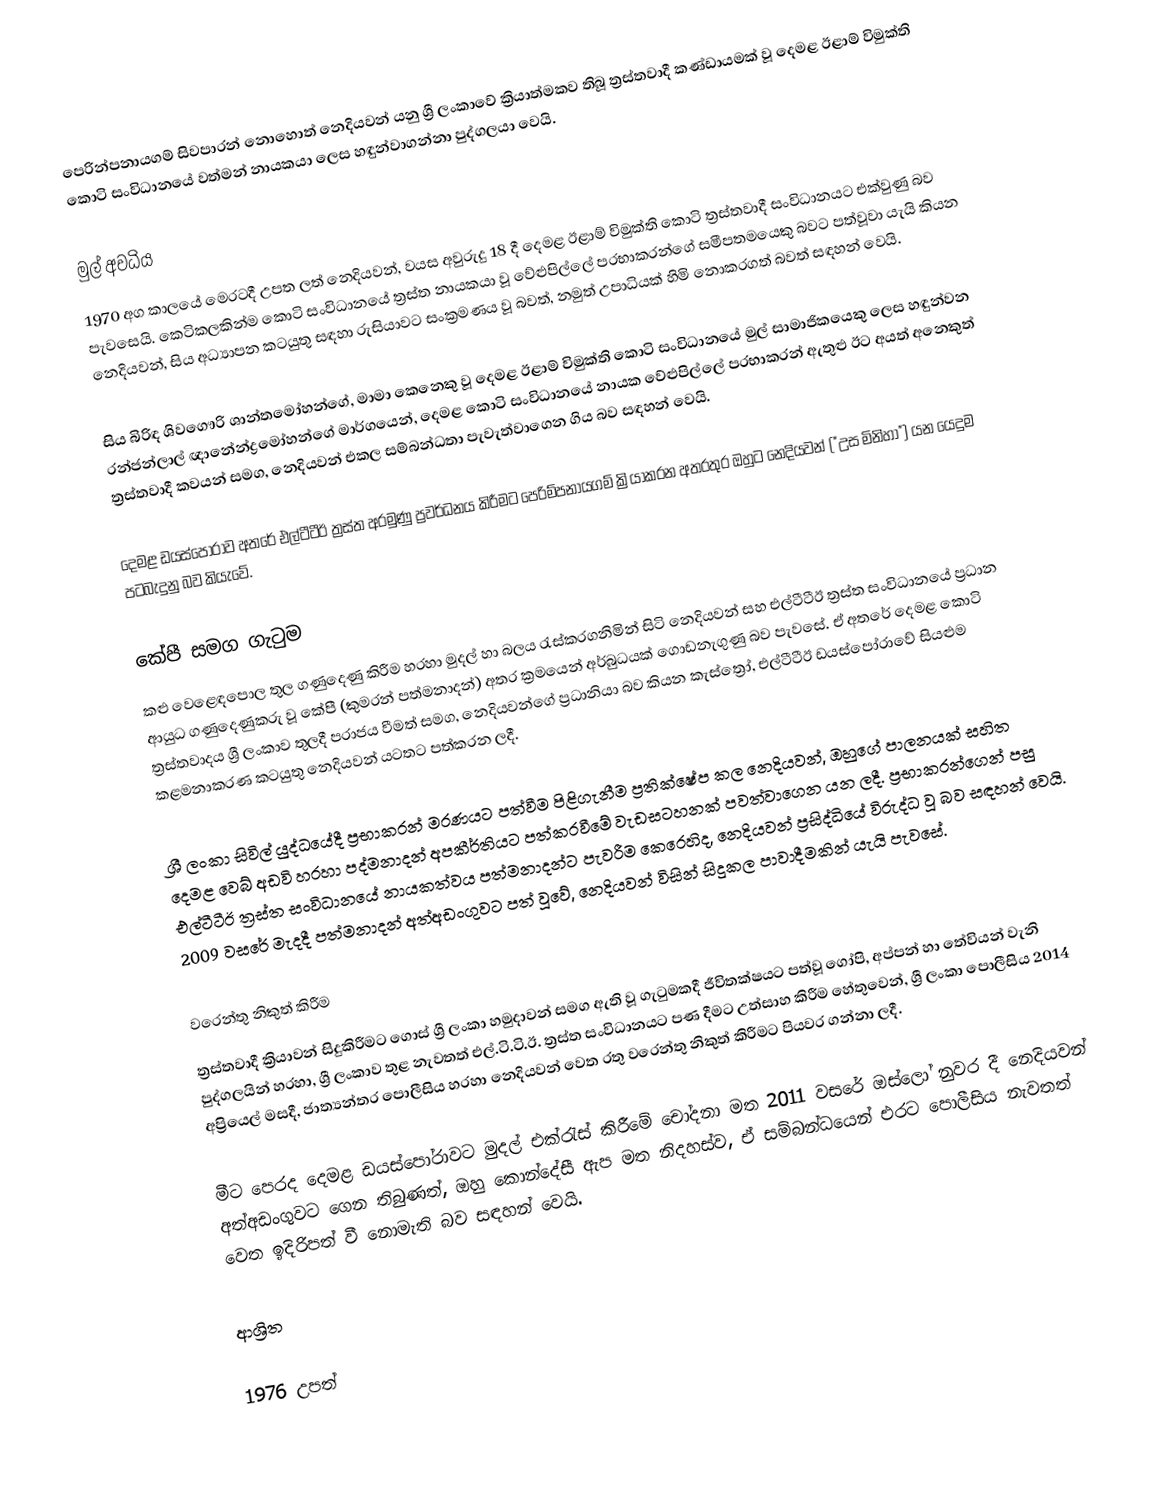
පෙරින්පනායගම් සිවපාරන් නොහොත් නෙදියවන් යනු ශ්‍රී ලංකාවේ ක්‍රියාත්මකව තිබූ ත්‍රස්තවාදී කණ්ඩායමක් වූ දෙමළ ඊළාම් විමුක්ති කොටි සංවිධානයේ වත්මන් නායකයා ලෙස හඳුන්වාගන්නා පුද්ගලයා වෙයි.

මුල් අවධිය
1970 අග කාලයේ මෙරටදී උපත ලත් නෙදියවන්, වයස අවුරුදු 18 දී දෙමළ ඊළාම් විමුක්ති කොටි ත්‍රස්තවාදී සංවිධානයට එක්වුණු බව පැවසෙයි. කෙටිකලකින්ම කොටි සංවිධානයේ ත්‍රස්ත නායකයා වූ වේළුපිල්ලේ ප‍්‍රභාකරන්ගේ සමීපතමයෙකු බවට පත්වූවා යැයි කියන නෙදියවන්, සිය අධ්‍යාපන කටයුතු සඳහා රුසියාවට සංක්‍රමණය වූ බවත්, නමුත් උපාධියක් හිමි නොකරගත් බවත් සඳහන් වෙයි.

සිය බිරිඳ ශිවගෞරි ශාන්තමෝහන්ගේ, මාමා කෙනෙකු වූ දෙමළ ඊළාම් විමුක්ති කොටි සංවිධානයේ මුල් සාමාජිකයෙකු ලෙස හඳුන්වන රන්ජන්ලාල් ඥානේන්ද්‍රමෝහන්ගේ මාර්ගයෙන්, දෙමළ කොටි සංවිධානයේ නායක වේළුපිල්ලේ ප‍්‍රභාකරන් ඇතුළු ඊට අයත් අනෙකුත් ත්‍රස්තවාදී කවයන් සමග, නෙදියවන් එකල සම්බන්ධතා පැවැත්වාගෙන ගිය බව සඳහන් වෙයි.

දෙමළ ඩයස්පෝරාව අතරේ එල්ටීටීඊ ත්‍රස්ත අරමුණු ප්‍රවර්ධනය කිරීමට පෙරිම්පනායගම් ක්‍රියාකරන අතරතුර ඔහුට නෙදියවන් ("උස මිනිහා") යන යෙදුම පටබැදුනු බව කියැවේ.

කේපී සමග ගැටුම
කළු වෙළෙඳපොල තුල ගණුදෙණු කිරීම හරහා මුදල් හා බලය රැස්කරගනිමින් සිටි නෙදියවන් සහ එල්ටීටීඊ ත්‍රස්ත සංවිධානයේ ප්‍රධාන ආයුධ ගණුදෙණුකරු වූ කේපී (කුමරන් පත්මනාදන්) අතර ක්‍රමයෙන් අර්බුධයක් ගොඩනැගුණු බව පැවසේ. ඒ අතරේ දෙමළ කොටි ත්‍රස්තවාදය ශ්‍රී ලංකාව තුලදී පරාජය වීමත් සමග, නෙදියවන්ගේ ප්‍රධානියා බව කියන කැස්ත්‍රෝ, එල්ටීටීඊ ඩයස්පෝරාවේ සියළුම කළමනාකරණ කටයුතු නෙදියවන් යටතට පත්කරන ලදී.

ශ්‍රී ලංකා සිවිල් යුද්ධයේදී ප්‍රභාකරන් මරණයට පත්වීම පිළිගැනීම ප්‍රතික්ෂේප කල නෙදියවන්, ඔහුගේ පාලනයක් සහිත දෙමළ වෙබ් අඩවි හරහා පද්මනාදන් අපකීර්තියට පත්කරවීමේ වැඩසටහනක් පවත්වාගෙන යන ලදී. ප්‍රභාකරන්ගෙන් පසු එල්ටීටීඊ ත්‍රස්ත සංවිධානයේ නායකත්වය පත්මනාදන්ට පැවරීම කෙරෙහිද, නෙදියවන් ප්‍රසිද්ධියේ විරුද්ධ වූ බව සඳහන් වෙයි. 2009 වසරේ මැදදී පත්මනාදන් අත්අඩංගුවට පත් වූවේ, නෙදියවන් විසින් සිදුකල පාවාදීමකින් යැයි පැවසේ.

වරෙන්තු නිකුත් කිරීම
ත්‍රස්තවාදී ක්‍රියාවන් සිදුකිරීමට ගොස් ශ්‍රී ලංකා හමුදාවන් සමග ඇති වූ ගැටුමකදී ජීවිතක්ෂයට පත්වූ ගෝපි, අප්පන් හා තේවියන් වැනි පුද්ගලයින් හරහා, ශ්‍රී ලංකාව තුළ නැවතත් එල්.ටි.ටි.ඊ. ත්‍රස්ත සංවිධානයට පණ දීමට උත්සාහ කිරීම හේතුවෙන්, ශ්‍රී ලංකා පොලීසිය 2014 අප්‍රියෙල් මසදී, ජාත්‍යන්තර පොලීසිය හරහා නෙදියවන් වෙත රතු වරෙන්තු නිකුත් කිරීමට පියවර ගන්නා ලදී.

මීට පෙරද දෙමළ ඩයස්පෝරාවට මුදල් එක්රැස් කිරීමේ චෝදනා මත 2011 වසරේ ඔස්ලෝ නුවර දී නෙදියවන් අත්අඩංගුවට ගෙන තිබුණත්, ඔහු කොන්දේසී ඇප මත නිදහස්ව, ඒ සම්බන්ධයෙන් එරට පොලීසිය නැවතත් වෙත ඉදිරිපත් වී නොමැති බව සඳහන් වෙයි.

ආශ්‍රිත

1976 උපත්